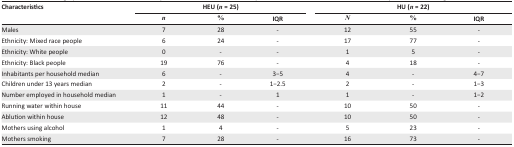
<table><thead><tr><td rowspan="3"><b>Characteristics</b></td><td colspan="3"><b>HEU (<i>n</i> = 25)</b></td><td colspan="3"><b>HU (<i>n</i> = 22)</b></td></tr><tr><td><b><i>n</i></b></td><td><b>%</b></td><td><b>IQR</b></td><td><b><i>N</i></b></td><td><b>%</b></td><td><b>IQR</b></td></tr></thead><tbody><tr><td>Males</td><td>7</td><td>28</td><td>-</td><td>12</td><td>55</td><td>-</td></tr><tr><td>Ethnicity: Mixed race people</td><td>6</td><td>24</td><td>-</td><td>17</td><td>77</td><td>-</td></tr><tr><td>Ethnicity: White people</td><td>0</td><td>-</td><td>-</td><td>1</td><td>5</td><td>-</td></tr><tr><td>Ethnicity: Black people</td><td>19</td><td>76</td><td>-</td><td>4</td><td>18</td><td>-</td></tr><tr><td>Inhabitants per household median</td><td>6</td><td>-</td><td>3−5</td><td>4</td><td>-</td><td>4−7</td></tr><tr><td>Children under 13 years median</td><td>2</td><td>-</td><td>1−2.5</td><td>2</td><td>-</td><td>1−3</td></tr><tr><td>Number employed in household median</td><td>1</td><td>-</td><td>1</td><td>1</td><td>-</td><td>1−2</td></tr><tr><td>Running water within house</td><td>11</td><td>44</td><td>-</td><td>10</td><td>50</td><td>-</td></tr><tr><td>Ablution within house</td><td>12</td><td>48</td><td>-</td><td>10</td><td>50</td><td>-</td></tr><tr><td>Mothers using alcohol</td><td>1</td><td>4</td><td>-</td><td>5</td><td>23</td><td>-</td></tr><tr><td>Mothers smoking</td><td>7</td><td>28</td><td>-</td><td>16</td><td>73</td><td>-</td></tr></tbody></table>